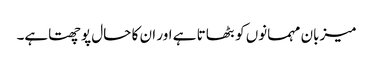
میزبان مہمانوں کو بٹھاتا ہے اور ان کا حال پوچھتاہے۔